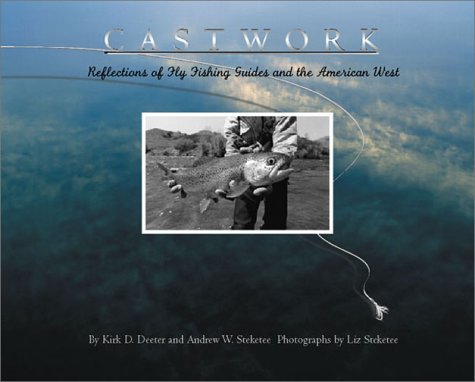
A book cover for Castwork: Reflections of Fly Fishing Guides and the American West (Game & Fish Mastery Library); Andrew W. Steketee; Humor & Entertainment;